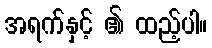
အရက်နှင့် ၏ ထည့်ပါ။